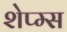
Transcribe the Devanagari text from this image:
शेप्म्स